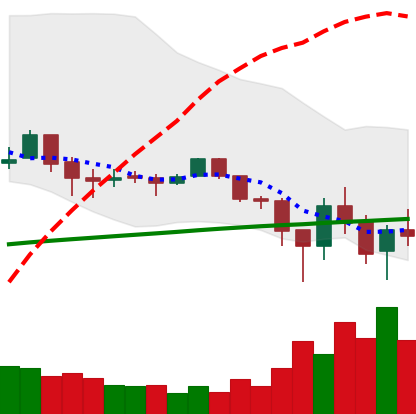
Ticker: LTC-USD
Chart end date: 2018-02-07
Forward return: 16.905%
Label: up_7plus